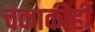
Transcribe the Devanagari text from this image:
चकाकीही